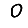
Digit: 0